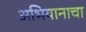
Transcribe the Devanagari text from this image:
अभियानाचा